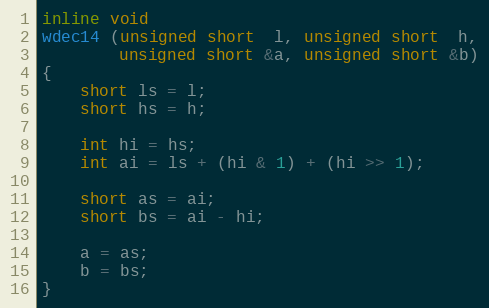
Language: C++
inline void
wdec14 (unsigned short  l, unsigned short  h,
        unsigned short &a, unsigned short &b)
{
    short ls = l;
    short hs = h;

    int hi = hs;
    int ai = ls + (hi & 1) + (hi >> 1);

    short as = ai;
    short bs = ai - hi;

    a = as;
    b = bs;
}